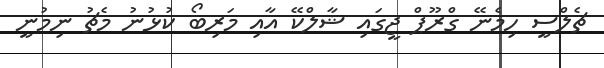
ޗެލްސީ ހިމެނޭ ގްރޫޕް ޖީގައި ޝާލްކޭ އާއި މަރިބޯ ކުޅުނު މެޗު ނިމުނީ